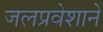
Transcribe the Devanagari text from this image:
जलप्रवेशाने